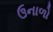
ઉનાળો